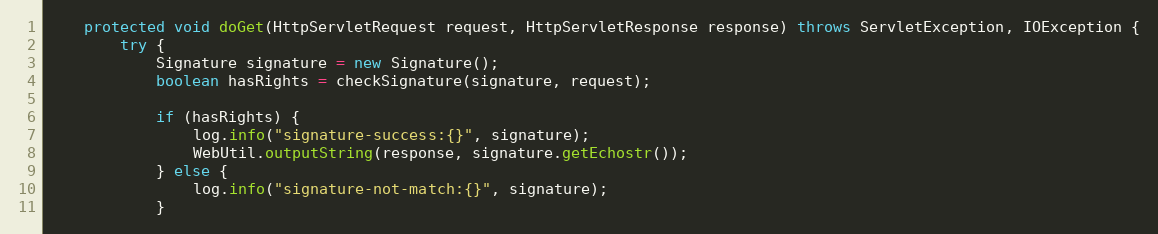
Language: Java
    protected void doGet(HttpServletRequest request, HttpServletResponse response) throws ServletException, IOException {
        try {
            Signature signature = new Signature();
            boolean hasRights = checkSignature(signature, request);

            if (hasRights) {
                log.info("signature-success:{}", signature);
                WebUtil.outputString(response, signature.getEchostr());
            } else {
                log.info("signature-not-match:{}", signature);
            }